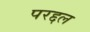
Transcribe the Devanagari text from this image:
परद्दल